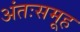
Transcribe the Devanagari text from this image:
अंतःसमूह